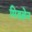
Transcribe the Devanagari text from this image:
मिडब्रेन